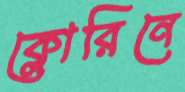
ক্লোরিনে